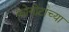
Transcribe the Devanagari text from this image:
कोयोटांच्या